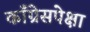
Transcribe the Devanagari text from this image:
काँग्रेसपेक्षा